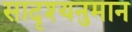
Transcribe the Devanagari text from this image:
सादृश्यनुमान